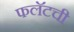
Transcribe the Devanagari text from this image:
फलॅटची